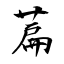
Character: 萹